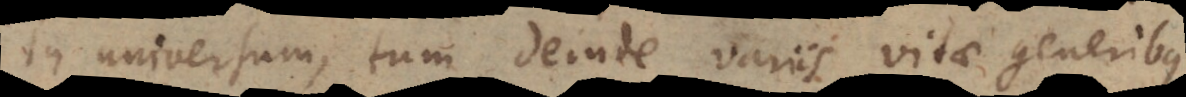
in universum, tum deinde variis vitae generibus